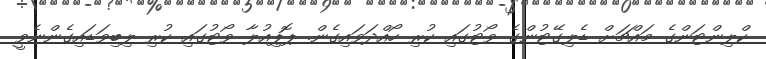
ކްލިންޓަންގެ މައްޗަށް ޑެލިގޭޓުންގެ ވޯޓުގައި ކުރި ހޯއްދަވައިގެން. ޕޮޕިއުލާ ވޯޓުގައި ކުރި ލިބިވަޑައިގެންނެވީ